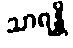
သာရန္တိ